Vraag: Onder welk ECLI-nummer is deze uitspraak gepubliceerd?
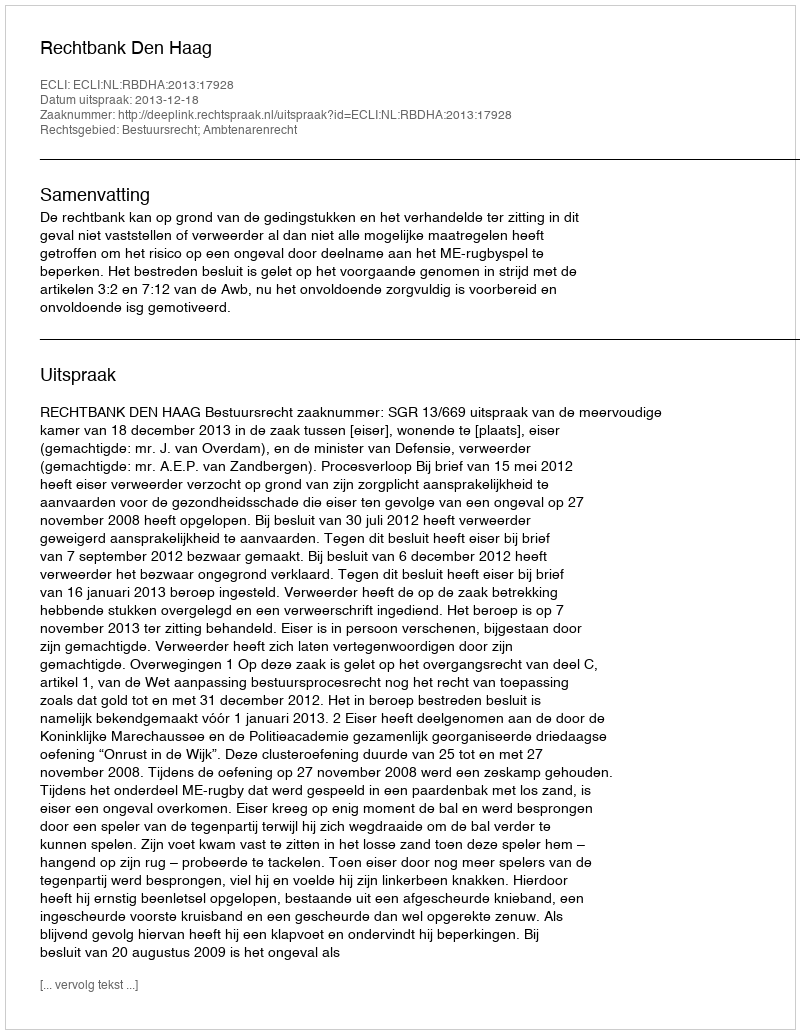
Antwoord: ECLI:NL:RBDHA:2013:17928